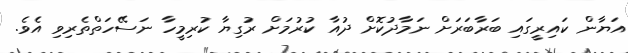
އަޔާން ކައިރީގައި ބަރާބަރަށް ނަމާދުކޮށް ދުއާ ކުރުމަށް ރުގިޔާ ކުރިމީހާ ނަސޭހަތްތެރިވި އެވެ.